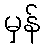
မှန်